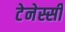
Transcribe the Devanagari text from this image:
टेनेस्सी